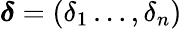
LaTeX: \boldsymbol{\delta}=(\delta_{1}\dots,\delta_{n})